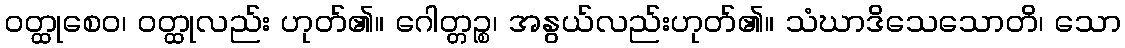
ဝတ္ထုစေဝ၊ ဝတ္ထုလည်း ဟုတ်၏။ ဂေါတ္တဉ္စ၊ အနွယ်လည်းဟုတ်၏။ သံဃာဒိသေသောတိ၊ သော